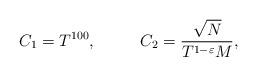
LaTeX: \begin{align*}C_1 = T^{100}, ~~~~~~~~C_2 = \frac{\sqrt{N}}{T^{1-\varepsilon}M}, \end{align*}